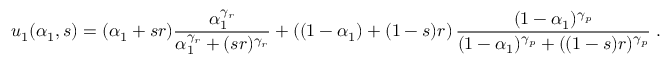
u _ { 1 } ( \alpha _ { 1 } , s ) = ( \alpha _ { 1 } + s r ) \frac { \alpha _ { 1 } ^ { \gamma _ { r } } } { \alpha _ { 1 } ^ { \gamma _ { r } } + ( s r ) ^ { \gamma _ { r } } } + \left( ( 1 - \alpha _ { 1 } ) + ( 1 - s ) r \right) \frac { ( 1 - \alpha _ { 1 } ) ^ { \gamma _ { p } } } { ( 1 - \alpha _ { 1 } ) ^ { \gamma _ { p } } + ( ( 1 - s ) r ) ^ { \gamma _ { p } } } \; .